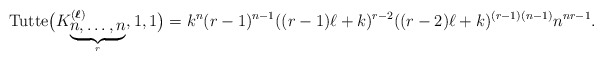
\begin{gather*}{\rm Tutte}\big(K_{ \underbrace{n,\ldots,n}_{r}}^{({\boldsymbol{\ell}})},1,1\big) = k^{n}(r-1)^{n-1} ((r-1) \ell + k )^{r-2} ((r-2) \ell +k )^{(r-1)(n-1)} n^{nr-1}.\end{gather*}